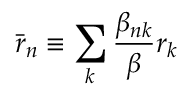
\bar { r } _ { n } \equiv \sum _ { k } \frac { \beta _ { n k } } { \beta } r _ { k }